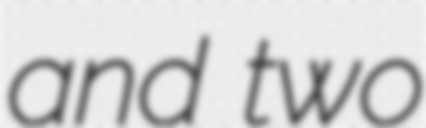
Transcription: and two